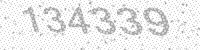
Solution: 134339